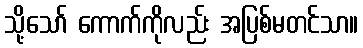
သို့သော် ကောက်ကိုလည်း အပြစ်မတင်သာ။